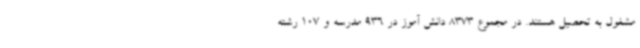
مشغول به تحصیل هستند. در مجموع 8373 دانش آموز در 936 مدرسه و 107 رشته